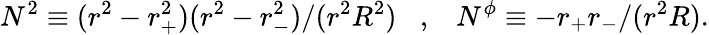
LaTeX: N^{2}\equiv(r^{2}-r_{+}^{2})(r^{2}-r_{-}^{2})/(r^{2}R^{2})\; \; \; ,\; \; \; N^{\phi}\equiv-r_{+}r_{-}/(r^{2}R).